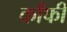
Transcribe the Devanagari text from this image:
काँफी